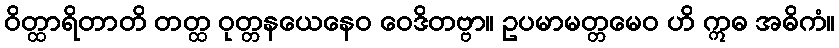
ဝိတ္ထာရိတာတိ တတ္ထ ဝုတ္တနယေနေဝ ဝေဒိတဗ္ဗာ။ ဥပမာမတ္တမေဝ ဟိ ဣဓ အဓိကံ။